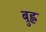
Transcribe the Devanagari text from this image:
ब्रुह्ल